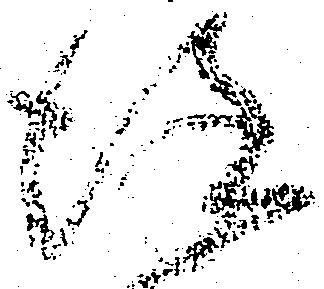
謹